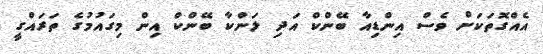
އެއްގޮތަކަށް ވެސް އިންޑިއާ ބޭންކް އަދި ލަންކާ ބޭންކް އިން މިގައުމުގެ ތަރަައްގީ